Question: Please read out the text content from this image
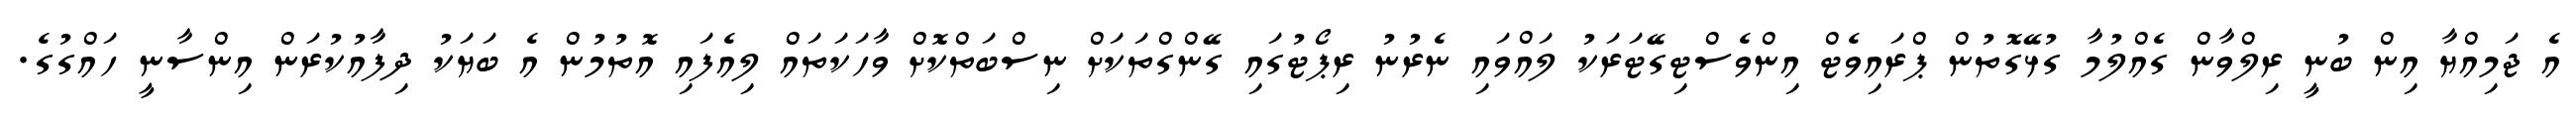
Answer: އެ ޖަމިއްޔާ އިން ބުނީ ރިލްވާން ގެއްލުމާ ގުޅޭގޮތުން ޕްރައިވެޓް އިންވެސްޓިގޭޓަރަކު ލައްވައި ނެރުނު ރިޕޯޓުގައި ގޭންގްތަކަށް ނިސްބަތްކޮށް ވާހަކަތައް ލިއެފައި އޮތުމުން އެ ބަޔަކު ދިފާއުކުރަން އިންސާނީ ހައްގުގެ.